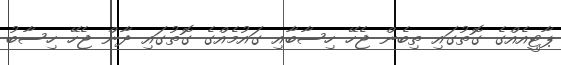
ޕާޓީއެއްގެ ގޮތުގައި ތިބެން ޖެހޭ ހިސާބާއި ގައުމެއްގެ ގޮތުގައި ދާން ޖެހޭ ހިސާބު